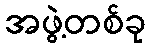
အဖွဲ့တစ်ခု